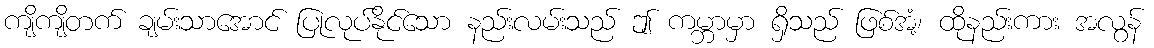
ကျိကျိတက် ချမ်းသာအောင် ပြုလုပ်နိုင်သော နည်းလမ်းသည် ဤ ကမ္ဘာမှာ ရှိသည် ဖြစ်အံ့၊ ထိုနည်းကား အလွန်